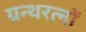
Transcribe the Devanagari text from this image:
ग्रन्थरत्नों